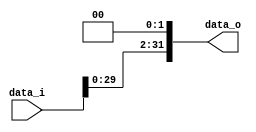
//Subject:      CO project 2 - Shift_Left_Two_32
//--------------------------------------------------------------------------------
//Version:     1
//--------------------------------------------------------------------------------
//Description: 
//--------------------------------------------------------------------------------

module Shift_Left_Two_32(
    data_i,
    data_o
    );

//I/O ports                    
input [32-1:0] data_i;
output [32-1:0] data_o;
//reg [32-1:0]data_o;
//shift left 2
assign data_o = {data_i[29:0], 2'b00};
//always@(*)begin
//   data_o<={data_i[29:0], 2'b00};
//end
endmodule